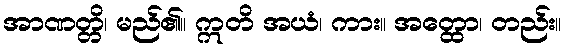
အာဏတ္တိ၊ မည်၏။ ဣတိ အယံ၊ ကား။ အတ္ထော၊ တည်း။